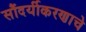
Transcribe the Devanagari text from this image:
सौंदर्यीकरणाचे